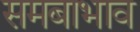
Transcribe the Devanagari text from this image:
समबाभाव